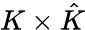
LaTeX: K\times{\hat{K}}